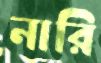
নারি